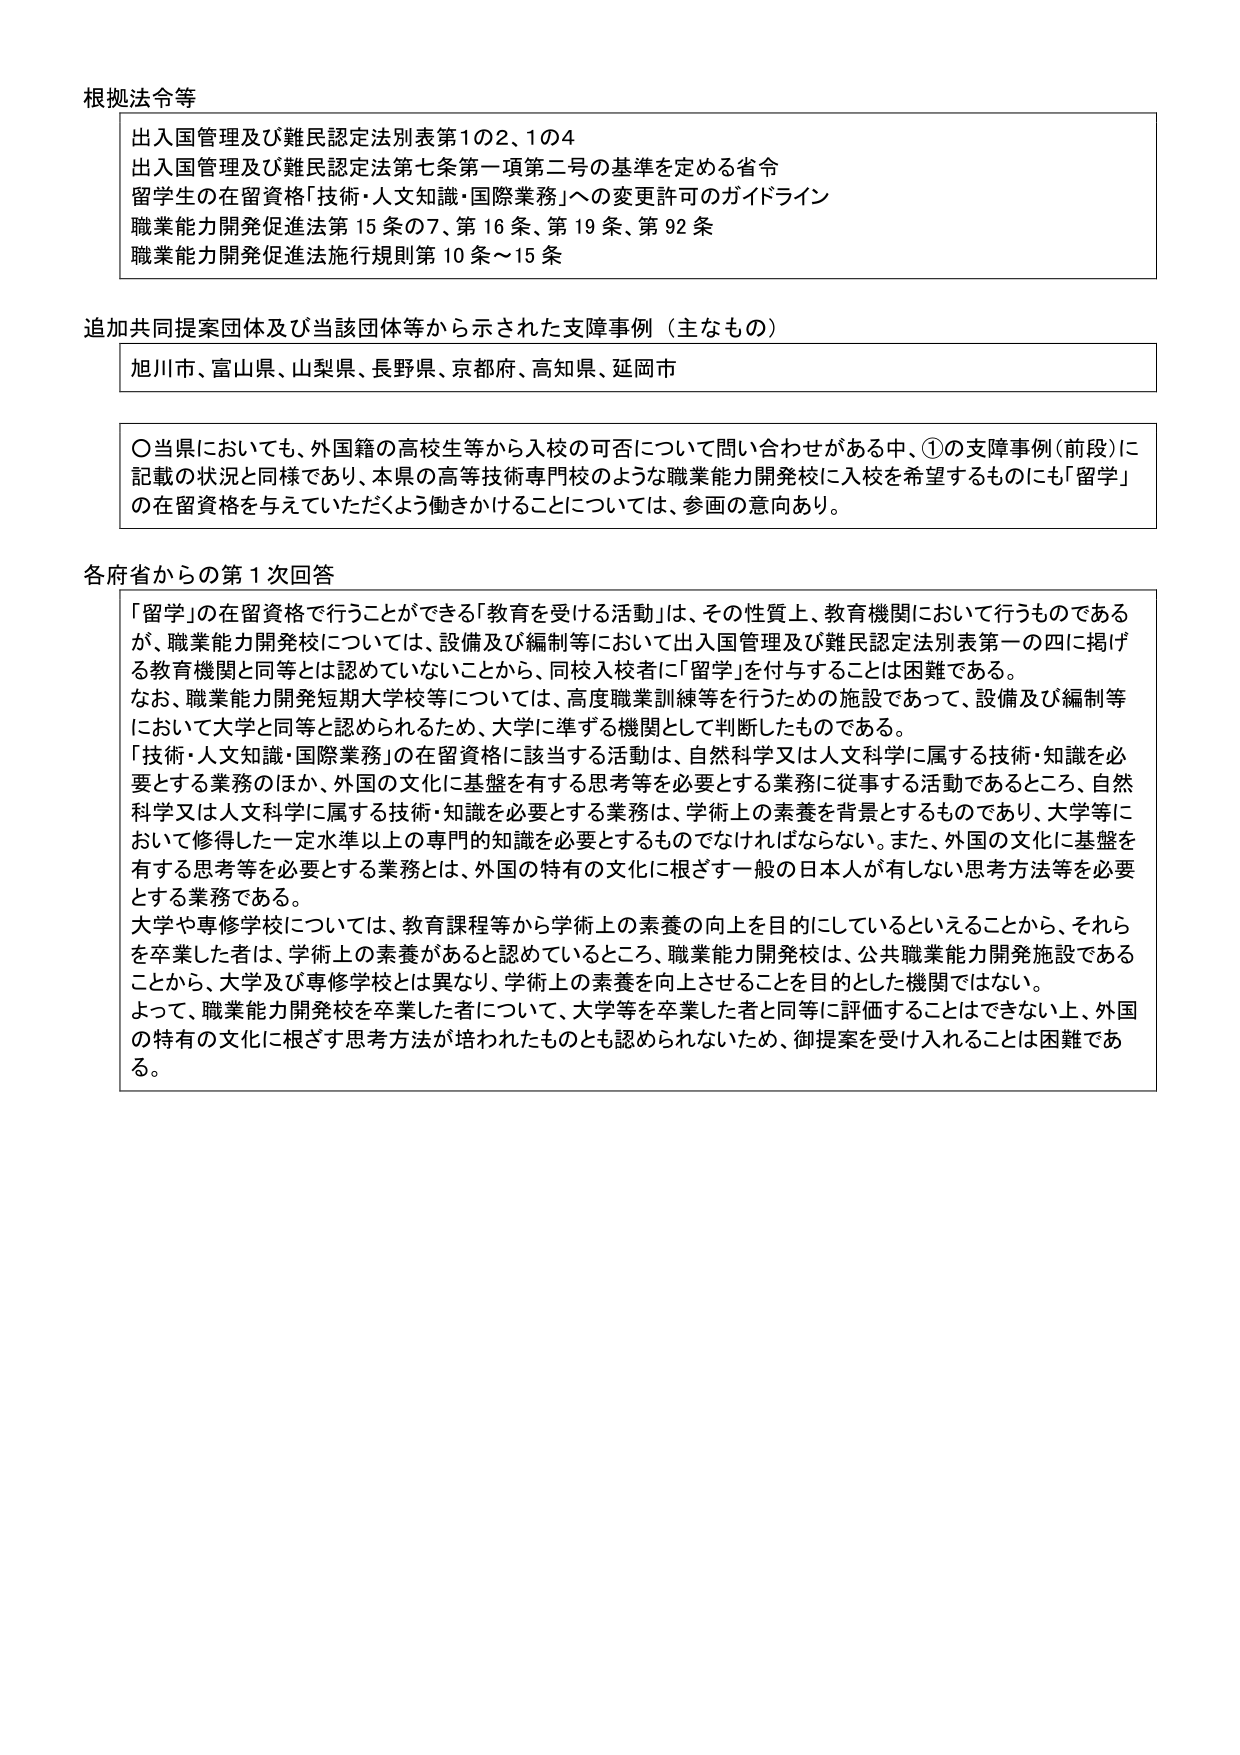
根拠法令等
出入国管理及び難民認定法別表第1の2、1の4
出入国管理及び難民認定法第七条第一項第二号の基準を定める省令
留学生の在留資格「技術・人文知識・国際業務」への変更許可のガイドライン
職業能力開発促進法第15条の7、第16条、第19条、第92条
職業能力開発促進法施行規則第10条～15条

追加共同提案団体及び当該団体等から示された支援事例（主なもの）
旭川市、富山県、山梨県、長野県、京都府、高知県、延岡市

〇当県においても、外国籍の高校生等から入校の可否について問い合わせがある中、①の支援事例（前段）に記載の状況と同様であり、本県の高等技術専門校のような職業能力開発校に入校を希望するものにも「留学」の在留資格を与えていただくよう働きかけることについては、参画の意向あり。

各府省からの第1次回答
「留学」の在留資格で行うことができる「教育を受ける活動」は、その性質上、教育機関において行うものであるが、職業能力開発校については、設備及び編制等において出入国管理及び難民認定法別表第一の四に掲げる教育機関と同等とは認めていないことから、同校入校者に「留学」を付与することは困難である。
なお、職業能力開発短期大学校等については、高度職業訓練等を行うための施設であって、設備及び編制等において大学と同等と認められるため、大学に準ずる機関として判断したものである。
「技術・人文知識・国際業務」の在留資格に該当する活動は、自然科学又は人文科学に属する技術・知識を必要とする業務のほか、外国の文化に基盤を有する思考等を必要とする業務に従事する活動であるところ、自然科学又は人文科学に属する技術・知識を必要とする業務は、学術上の素養を背景とするものであり、大学等において修得した一定水準以上の専門的知識を必要とするものでなければならない。また、外国の文化に基盤を有する思考等を必要とする業務とは、外国の特有の文化に根ざす一般の日本人が有しない思考方法等を必要とする業務である。
大学や専修学校については、教育課程等から学術上の素養の向上を目的にしているといえることから、それらを卒業した者は、学術上の素養があると認めているところ、職業能力開発校は、公共職業能力開発施設であることから、大学及び専修学校とは異なり、学術上の素養を向上させることを目的とした機関ではない。
よって、職業能力開発校を卒業した者について、大学等を卒業した者と同等に評価することはできない上、外国の特有の文化に根ざす思考方法が培われたものとも認められないため、御提案を受け入れることは困難である。